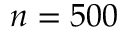
n = 5 0 0